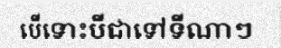
បើទោះបីជាទៅទីណាៗ